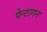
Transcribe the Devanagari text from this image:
पेन्टागन